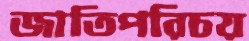
জাতিপরিচয়